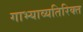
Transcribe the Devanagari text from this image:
गाभ्याव्यतिरिक्त